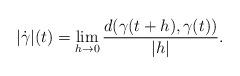
LaTeX: \begin{align*}|\dot{\gamma}|(t)=\lim_{h\rightarrow 0}\frac{d(\gamma(t+h),\gamma(t))}{|h|}.\end{align*}